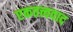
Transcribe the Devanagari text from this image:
एकतत्त्ववाद